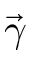
\Vec { \gamma }